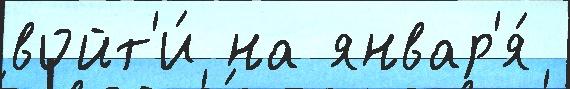
войт'и́ на январ'я́